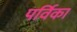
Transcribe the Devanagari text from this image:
पर्विका